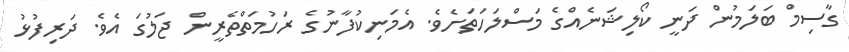
ގާސިމް ބަލަމުން ދަނީ ކޯލިޝަނެއްގެ މަސްލަހަތަށެވެ. އެމަނިކުފާނުގެ ރަހުމަތްތެރީން ޖަލުގަ އެވެ. ދަރިފުޅު